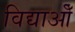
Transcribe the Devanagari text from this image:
विद्याओँ